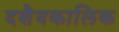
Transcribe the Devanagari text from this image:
दशैवकालिक